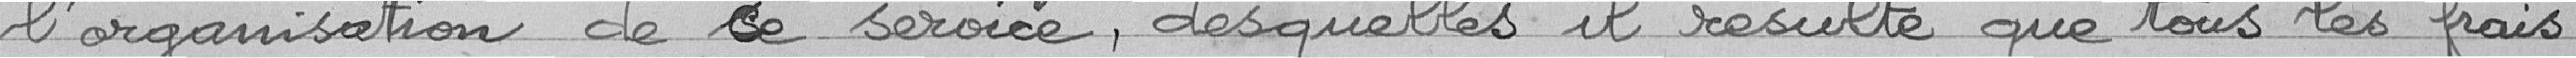
l'organisation de ce service, desquelles il résulte que tous les frais